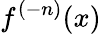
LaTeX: f^{(-n)}(x)